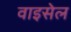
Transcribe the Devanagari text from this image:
वाइसेल